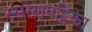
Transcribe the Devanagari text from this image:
स्मरणपट्टिका